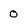
Character: 0